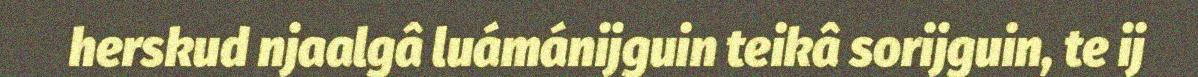
herskud njaalgâ luámánijguin teikâ sorijguin, te ij